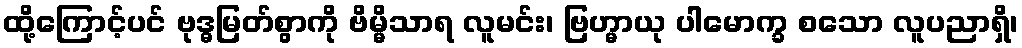
ထို့ကြောင့်ပင် ဗုဒ္ဓမြတ်စွာကို ဗိမ္မိသာရ လူမင်း၊ ဗြဟ္မာယု ပါမောက္ခ စသော လူပညာရှိ၊